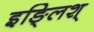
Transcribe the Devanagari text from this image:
इङ्लिश्